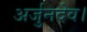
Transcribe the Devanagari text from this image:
अर्जुनदेव।